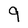
Character: 9